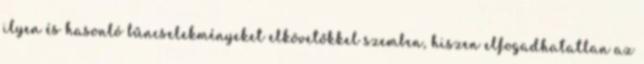
ilyen és hasonló bűncselekményeket elkövetőkkel szemben, hiszen elfogadhatatlan az